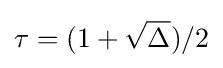
\tau =(1+{\sqrt {\Delta }})/2